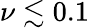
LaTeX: \nu\lesssim 0.1